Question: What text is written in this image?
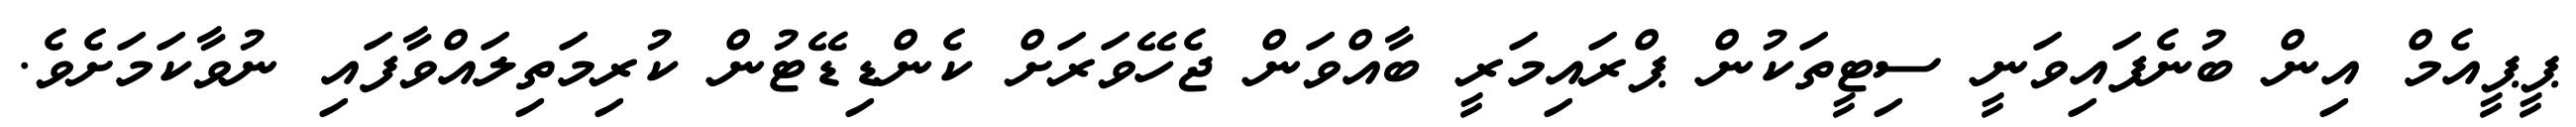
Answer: ޕީޕީއެމް އިން ބުނެފައިވަނީ ސިޓީތަކުން ޕްރައިމަރީ ބާއްވަން ޖެހޭވަރަށް ކެންޑިޑޭޓުން ކުރިމަތިލައްވާފައި ނުވާކަމަށެވެ.